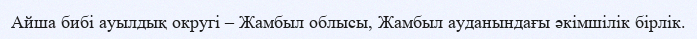
Айша бибі ауылдық округі – Жамбыл облысы, Жамбыл ауданындағы әкімшілік бірлік.